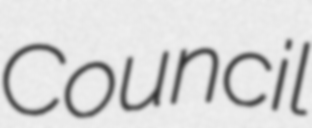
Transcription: Council